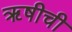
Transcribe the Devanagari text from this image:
ॠषीची